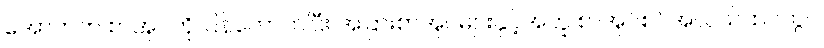
အောက်က စာအုပ်ကို ပြန်ကောက်ပြီး အခြားစာအုပ်များနှင့်အတူ စာအုပ်စင်အလယ်ထပ်တွင်